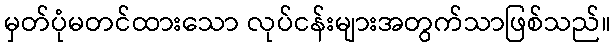
မှတ်ပုံမတင်ထားသော လုပ်ငန်းများအတွက်သာဖြစ်သည်။